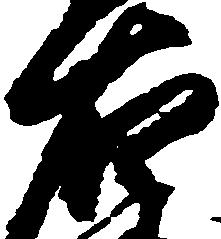
右